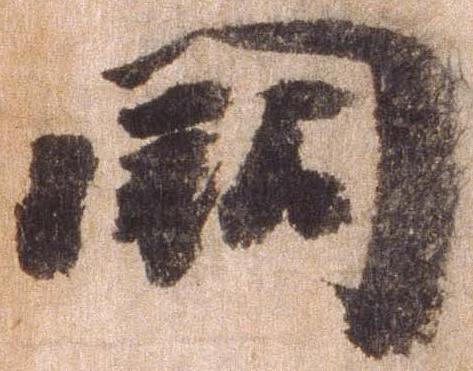
闕